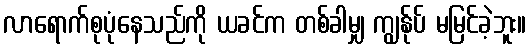
လာရောက်စုပုံနေသည်ကို ယခင်က တစ်ခါမျှ ကျွန်ုပ် မမြင်ခဲ့ဘူး။